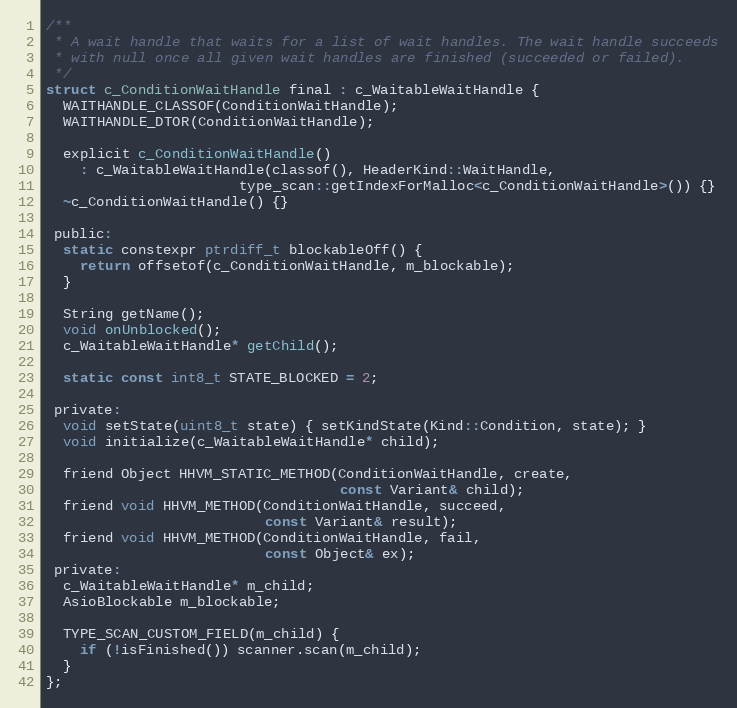
Language: C
/**
 * A wait handle that waits for a list of wait handles. The wait handle succeeds
 * with null once all given wait handles are finished (succeeded or failed).
 */
struct c_ConditionWaitHandle final : c_WaitableWaitHandle {
  WAITHANDLE_CLASSOF(ConditionWaitHandle);
  WAITHANDLE_DTOR(ConditionWaitHandle);

  explicit c_ConditionWaitHandle()
    : c_WaitableWaitHandle(classof(), HeaderKind::WaitHandle,
                       type_scan::getIndexForMalloc<c_ConditionWaitHandle>()) {}
  ~c_ConditionWaitHandle() {}

 public:
  static constexpr ptrdiff_t blockableOff() {
    return offsetof(c_ConditionWaitHandle, m_blockable);
  }

  String getName();
  void onUnblocked();
  c_WaitableWaitHandle* getChild();

  static const int8_t STATE_BLOCKED = 2;

 private:
  void setState(uint8_t state) { setKindState(Kind::Condition, state); }
  void initialize(c_WaitableWaitHandle* child);

  friend Object HHVM_STATIC_METHOD(ConditionWaitHandle, create,
                                   const Variant& child);
  friend void HHVM_METHOD(ConditionWaitHandle, succeed,
                          const Variant& result);
  friend void HHVM_METHOD(ConditionWaitHandle, fail,
                          const Object& ex);
 private:
  c_WaitableWaitHandle* m_child;
  AsioBlockable m_blockable;

  TYPE_SCAN_CUSTOM_FIELD(m_child) {
    if (!isFinished()) scanner.scan(m_child);
  }
};